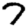
Digit: 7